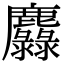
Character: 𪋵